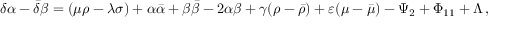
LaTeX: \delta \alpha - { \bar { \delta } } \beta = ( \mu \rho - \lambda \sigma ) + \alpha { \bar { \alpha } } + \beta { \bar { \beta } } - 2 \alpha \beta + \gamma ( \rho - { \bar { \rho } } ) + \varepsilon ( \mu - { \bar { \mu } } ) - \Psi _ { 2 } + \Phi _ { 1 1 } + \Lambda \, ,